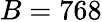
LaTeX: B=768